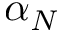
\alpha _ { N }